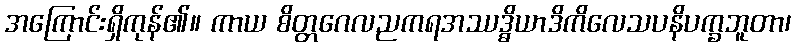
အကြောင်းရှိကုန်၏။ ကာယ စိတ္တဂေလညကရအဿဒ္ဓိယာဒိကိလေသပနိပက္ခဘူတာ၊